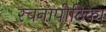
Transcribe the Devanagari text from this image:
रचनापीठिका